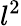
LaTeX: l^{2}